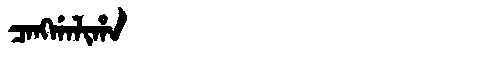
Manchu: ᠴᠠᠩᡤᠠᠯᡳᡥᠠ
Romanization: CANGGALIHA